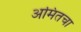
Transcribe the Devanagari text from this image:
अमितचा